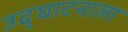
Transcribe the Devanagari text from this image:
उद्‌घाटनाला